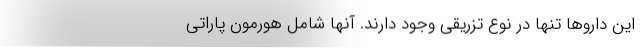
این داروها تنها در نوع تزریقی وجود دارند. آنها شامل هورمون پاراتی